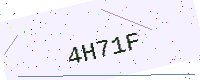
Text: 4H71F